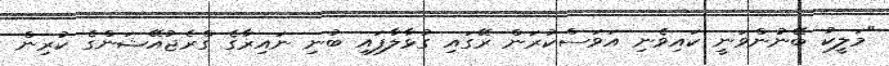
"މަލީކު ބޭނުންވަނީ ކައިވެނި އަވަސްކުރަން ރޭގައި ގުޅާލާފައި ބުނި ނައިރާގެ ގްރެޖުއޭޝަންގެ ކުރިން